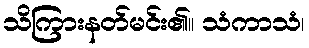
သိကြားနတ်မင်း၏။ သံကာသံ၊